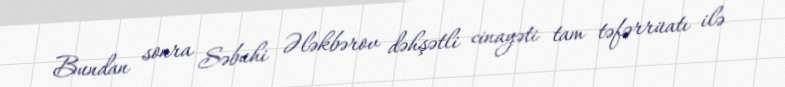
Bundan sonra Səbuhi Ələkbərov dəhşətli cinayəti tam təfərrüatı ilə